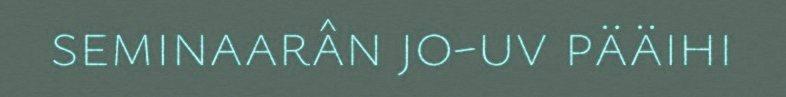
seminaarân jo-uv pääihi